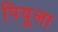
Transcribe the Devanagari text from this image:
पियूला